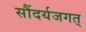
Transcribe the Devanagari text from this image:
सौंदर्यजगत्